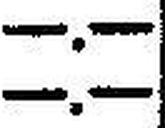
—.—